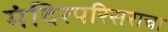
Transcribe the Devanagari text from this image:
मंदिरपरिसराचा